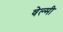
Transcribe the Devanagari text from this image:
वेल्मी